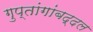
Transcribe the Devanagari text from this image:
गुप्तांगांबद्दल